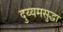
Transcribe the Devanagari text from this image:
दुय्यमसुद्धा